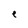
Character: e